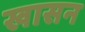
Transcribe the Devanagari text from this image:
खासन